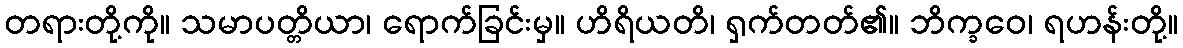
တရားတို့ကို။ သမာပတ္တိယာ၊ ရောက်ခြင်းမှ။ ဟိရိယတိ၊ ရှက်တတ်၏။ ဘိက္ခဝေ၊ ရဟန်းတို့။